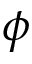
\phi